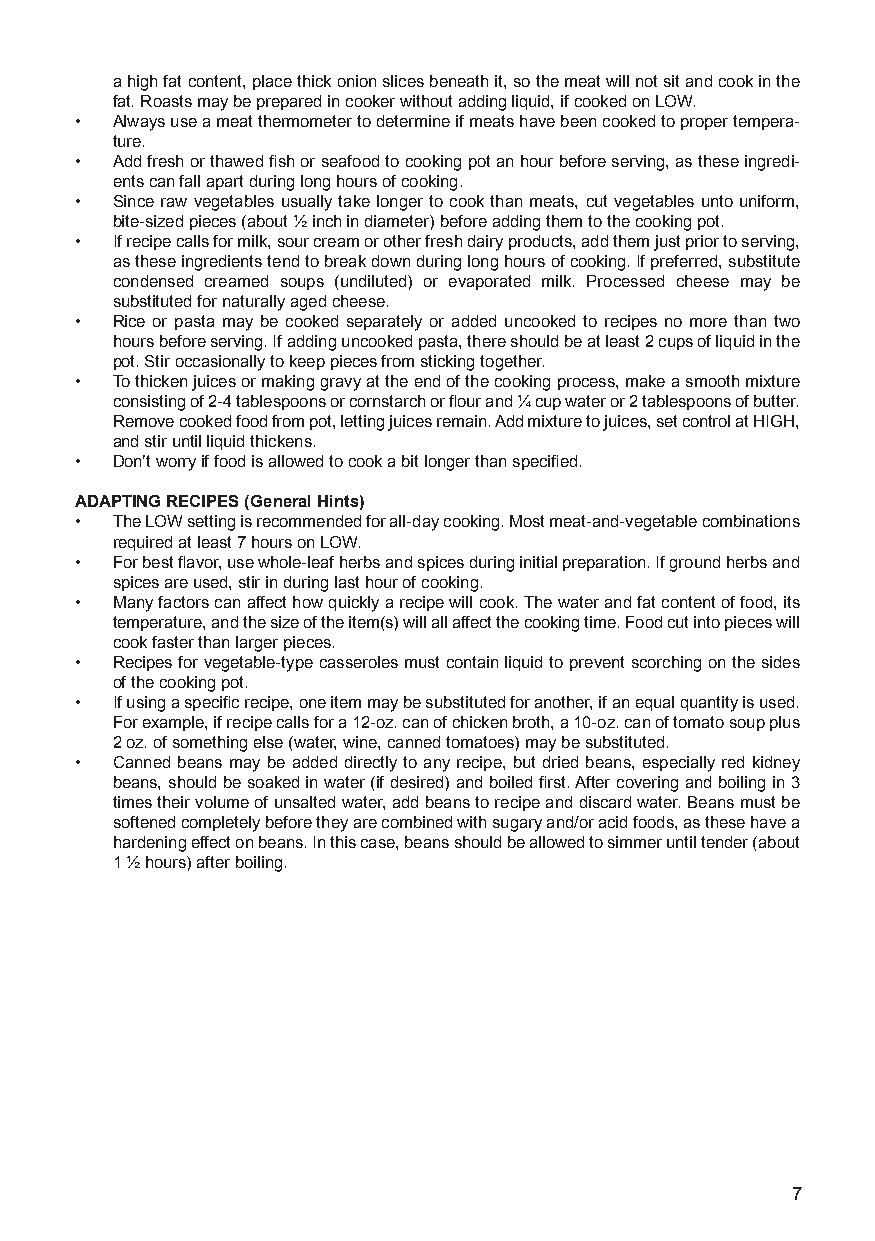
a high fat content, place thick onion slices beneath it, so the meat will not sit and cook in the
 fat. Roasts may be prepared in cooker without adding liquid, if cooked on LOW.
 • Always use a meat thermometer to determine if meats have been cooked to proper tempera-
 ture.
 • Add fresh or thawed fish or seafood to cooking pot an hour before serving, as these ingredi-
 ents can fall apart during long hours of cooking.
 • Since raw vegetables usually take longer to cook than meats, cut vegetables unto uniform,
 bite-sized pieces (about ½ inch in diameter) before adding them to the cooking pot.
 • If recipe calls for milk, sour cream or other fresh dairy products, add them just prior to serving,
 as these ingredients tend to break down during long hours of cooking. If preferred, substitute
 condensed creamed soups (undiluted) or evaporated milk. Processed cheese may be
 substituted for naturally aged cheese.
 • Rice or pasta may be cooked separately or added uncooked to recipes no more than two
 hours before serving. If adding uncooked pasta, there should be at least 2 cups of liquid in the
 pot. Stir occasionally to keep pieces from sticking together.
 • To thicken juices or making gravy at the end of the cooking process, make a smooth mixture
 consisting of 2-4 tablespoons or cornstarch or flour and ¼ cup water or 2 tablespoons of butter.
 Remove cooked food from pot, letting juices remain. Add mixture to juices, set control at HIGH,
 and stir until liquid thickens.
 • Don’t worry if food is allowed to cook a bit longer than specified.
 ADAPTING RECIPES (General Hints)
 • The LOW setting is recommended for all-day cooking. Most meat-and-vegetable combinations
 required at least 7 hours on LOW.
 • For best flavor, use whole-leaf herbs and spices during initial preparation. If ground herbs and
 spices are used, stir in during last hour of cooking.
 • Many factors can affect how quickly a recipe will cook. The water and fat content of food, its
 temperature, and the size of the item(s) will all affect the cooking time. Food cut into pieces will
 cook faster than larger pieces.
 • Recipes for vegetable-type casseroles must contain liquid to prevent scorching on the sides
 of the cooking pot.
 • If using a specific recipe, one item may be substituted for another, if an equal quantity is used.
 For example, if recipe calls for a 12-oz. can of chicken broth, a 10-oz. can of tomato soup plus
 2 oz. of something else (water, wine, canned tomatoes) may be substituted.
 • Canned beans may be added directly to any recipe, but dried beans, especially red kidney
 beans, should be soaked in water (if desired) and boiled first. After covering and boiling in 3
 times their volume of unsalted water, add beans to recipe and discard water. Beans must be
 softened completely before they are combined with sugary and/or acid foods, as these have a
 hardening effect on beans. In this case, beans should be allowed to simmer until tender (about
 1 ½ hours) after boiling.
 7